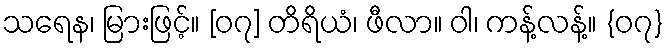
သရေန၊ မြားဖြင့်။ [၀၇] တိရိယံ၊ ဖီလာ။ ဝါ၊ ကန့်လန့်။ {၀၇}